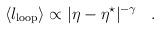
LaTeX: \begin{align*}\langle l_{\rm loop} \rangle \propto|\eta-\eta^\star|^{-\gamma}\,\,\,\,\,.\,\,\,\,\,\end{align*}